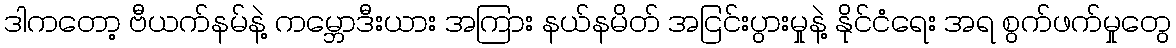
ဒါကတော့ ဗီယက်နမ်နဲ့ ကမ္ဘောဒီးယား အကြား နယ်နမိတ် အငြင်းပွားမှုနဲ့ နိုင်ငံရေး အရ စွက်ဖက်မှုတွေ